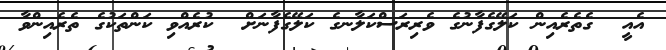
އެއީ  ގެތެރެއިން ކަލޭގެފާނުގެ ވެރިރަސްކަލާނގެ ކަލޭގެފާނަށް  ކުރެއްވި ކަންތަކުގެ ތެރެއިންވާ